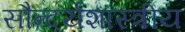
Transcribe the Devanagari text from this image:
सौन्दर्यशास्त्रीय